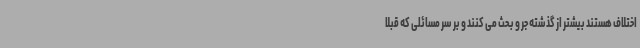
اختلاف هستند بیشتر از گذشته جر و بحث می کنند و بر سر مسائلی که قبلا